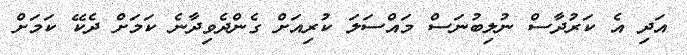
އަދި އެ ކަރުދާސް ނުލިބުނަސް މައްސަލަ ކުރިއަށް ގެންދެވިދާނެ ކަމަށް ދެކޭ ކަމަށް